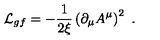
{ \cal L } _ { g f } = - \frac { 1 } { 2 \xi } \left( \partial _ { \mu } A ^ { \mu } \right) ^ { 2 } \ .